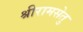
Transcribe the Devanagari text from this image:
श्रीरामसेतु